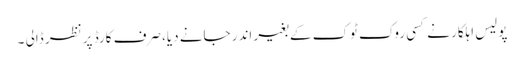
پولیس اہلکار نے کسی روک ٹوک کے بغیر اندر جانے دیا، صرف کارڈ پر نظر ڈالی ۔